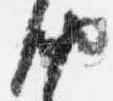
納